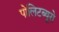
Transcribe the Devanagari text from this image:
पोलिटब्यूरो